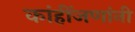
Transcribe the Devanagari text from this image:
कांहींजणांनी